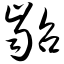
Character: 龆